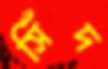
সিঁদ